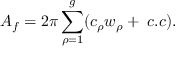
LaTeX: A _ { f } = 2 \pi \sum _ { \rho = 1 } ^ { g } ( c _ { \rho } w _ { \rho } + \; c . c ) .